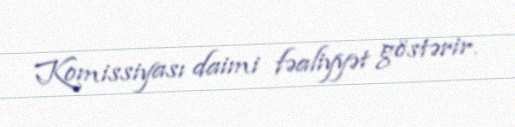
Komissiyası daimi fəaliyyət göstərir.